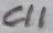
Text: C11